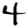
Digit: 4